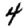
Digit: 4